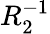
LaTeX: R_{2}^{-1}